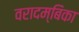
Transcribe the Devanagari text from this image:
वरादम्बिका